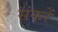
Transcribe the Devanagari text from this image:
संकरें